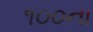
૧૦૦ના